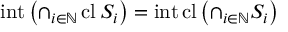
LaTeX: \operatorname { i n t } \left( \cap _ { i \in \mathbb { N } } \operatorname { c l } S _ { i } \right) = \operatorname { i n t } \operatorname { c l } \left( \cap _ { i \in \mathbb { N } } S _ { i } \right)